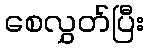
စေလွှတ်ပြီး